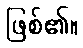
ဖြစ်၏။